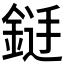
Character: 𮢐